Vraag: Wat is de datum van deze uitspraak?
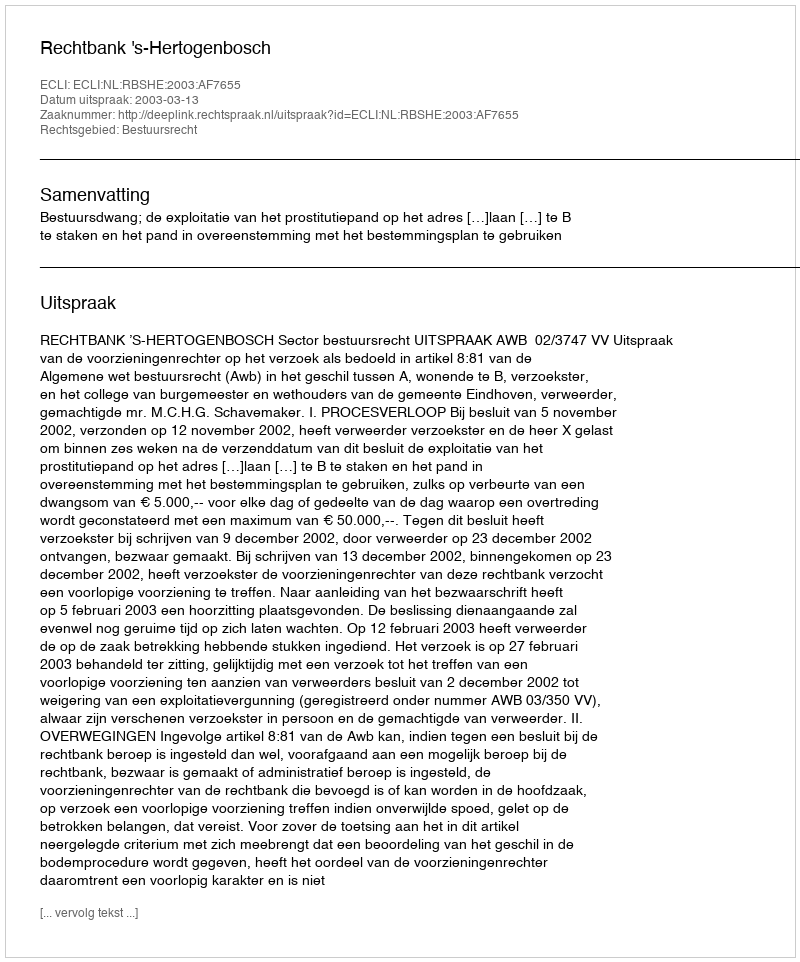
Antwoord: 2003-03-13